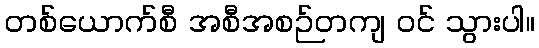
တစ်ယောက်စီ အစီအစဉ်တကျ ဝင် သွားပါ။